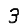
Digit: 3